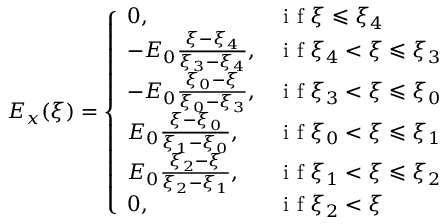
\begin{array} { r } { E _ { x } ( \xi ) = \left\{ \begin{array} { l l } { 0 , } & { \mathrm { ~ i ~ f ~ } \xi \leqslant \xi _ { 4 } } \\ { - E _ { 0 } \frac { \xi - \xi _ { 4 } } { \xi _ { 3 } - \xi _ { 4 } } , } & { \mathrm { ~ i ~ f ~ } \xi _ { 4 } < \xi \leqslant \xi _ { 3 } } \\ { - E _ { 0 } \frac { \xi _ { 0 } - \xi } { \xi _ { 0 } - \xi _ { 3 } } , } & { \mathrm { ~ i ~ f ~ } \xi _ { 3 } < \xi \leqslant \xi _ { 0 } } \\ { E _ { 0 } \frac { \xi - \xi _ { 0 } } { \xi _ { 1 } - \xi _ { 0 } } , } & { \mathrm { ~ i ~ f ~ } \xi _ { 0 } < \xi \leqslant \xi _ { 1 } } \\ { E _ { 0 } \frac { \xi _ { 2 } - \xi } { \xi _ { 2 } - \xi _ { 1 } } , } & { \mathrm { ~ i ~ f ~ } \xi _ { 1 } < \xi \leqslant \xi _ { 2 } } \\ { 0 , } & { \mathrm { ~ i ~ f ~ } \xi _ { 2 } < \xi } \end{array} \right. } \end{array}